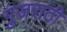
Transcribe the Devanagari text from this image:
गुजराठी